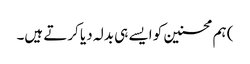
) ہم محسنین کو ایسے ہی بدلہ دیا کرتے ہیں۔